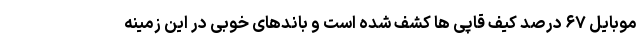
موبایل ۶۷ درصد کیف قاپی ها کشف شده است و باندهای خوبی در این زمینه